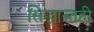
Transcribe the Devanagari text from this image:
सिद्धान्तही